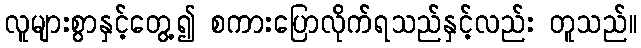
လူများစွာနှင့်တွေ့၍ စကားပြောလိုက်ရသည်နှင့်လည်း တူသည်။